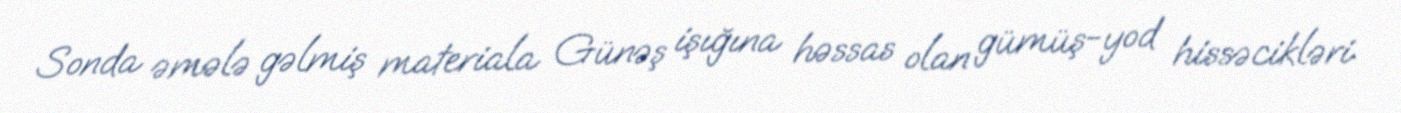
Sonda əmələ gəlmiş materiala Günəş işığına həssas olan gümüş-yod hissəcikləri